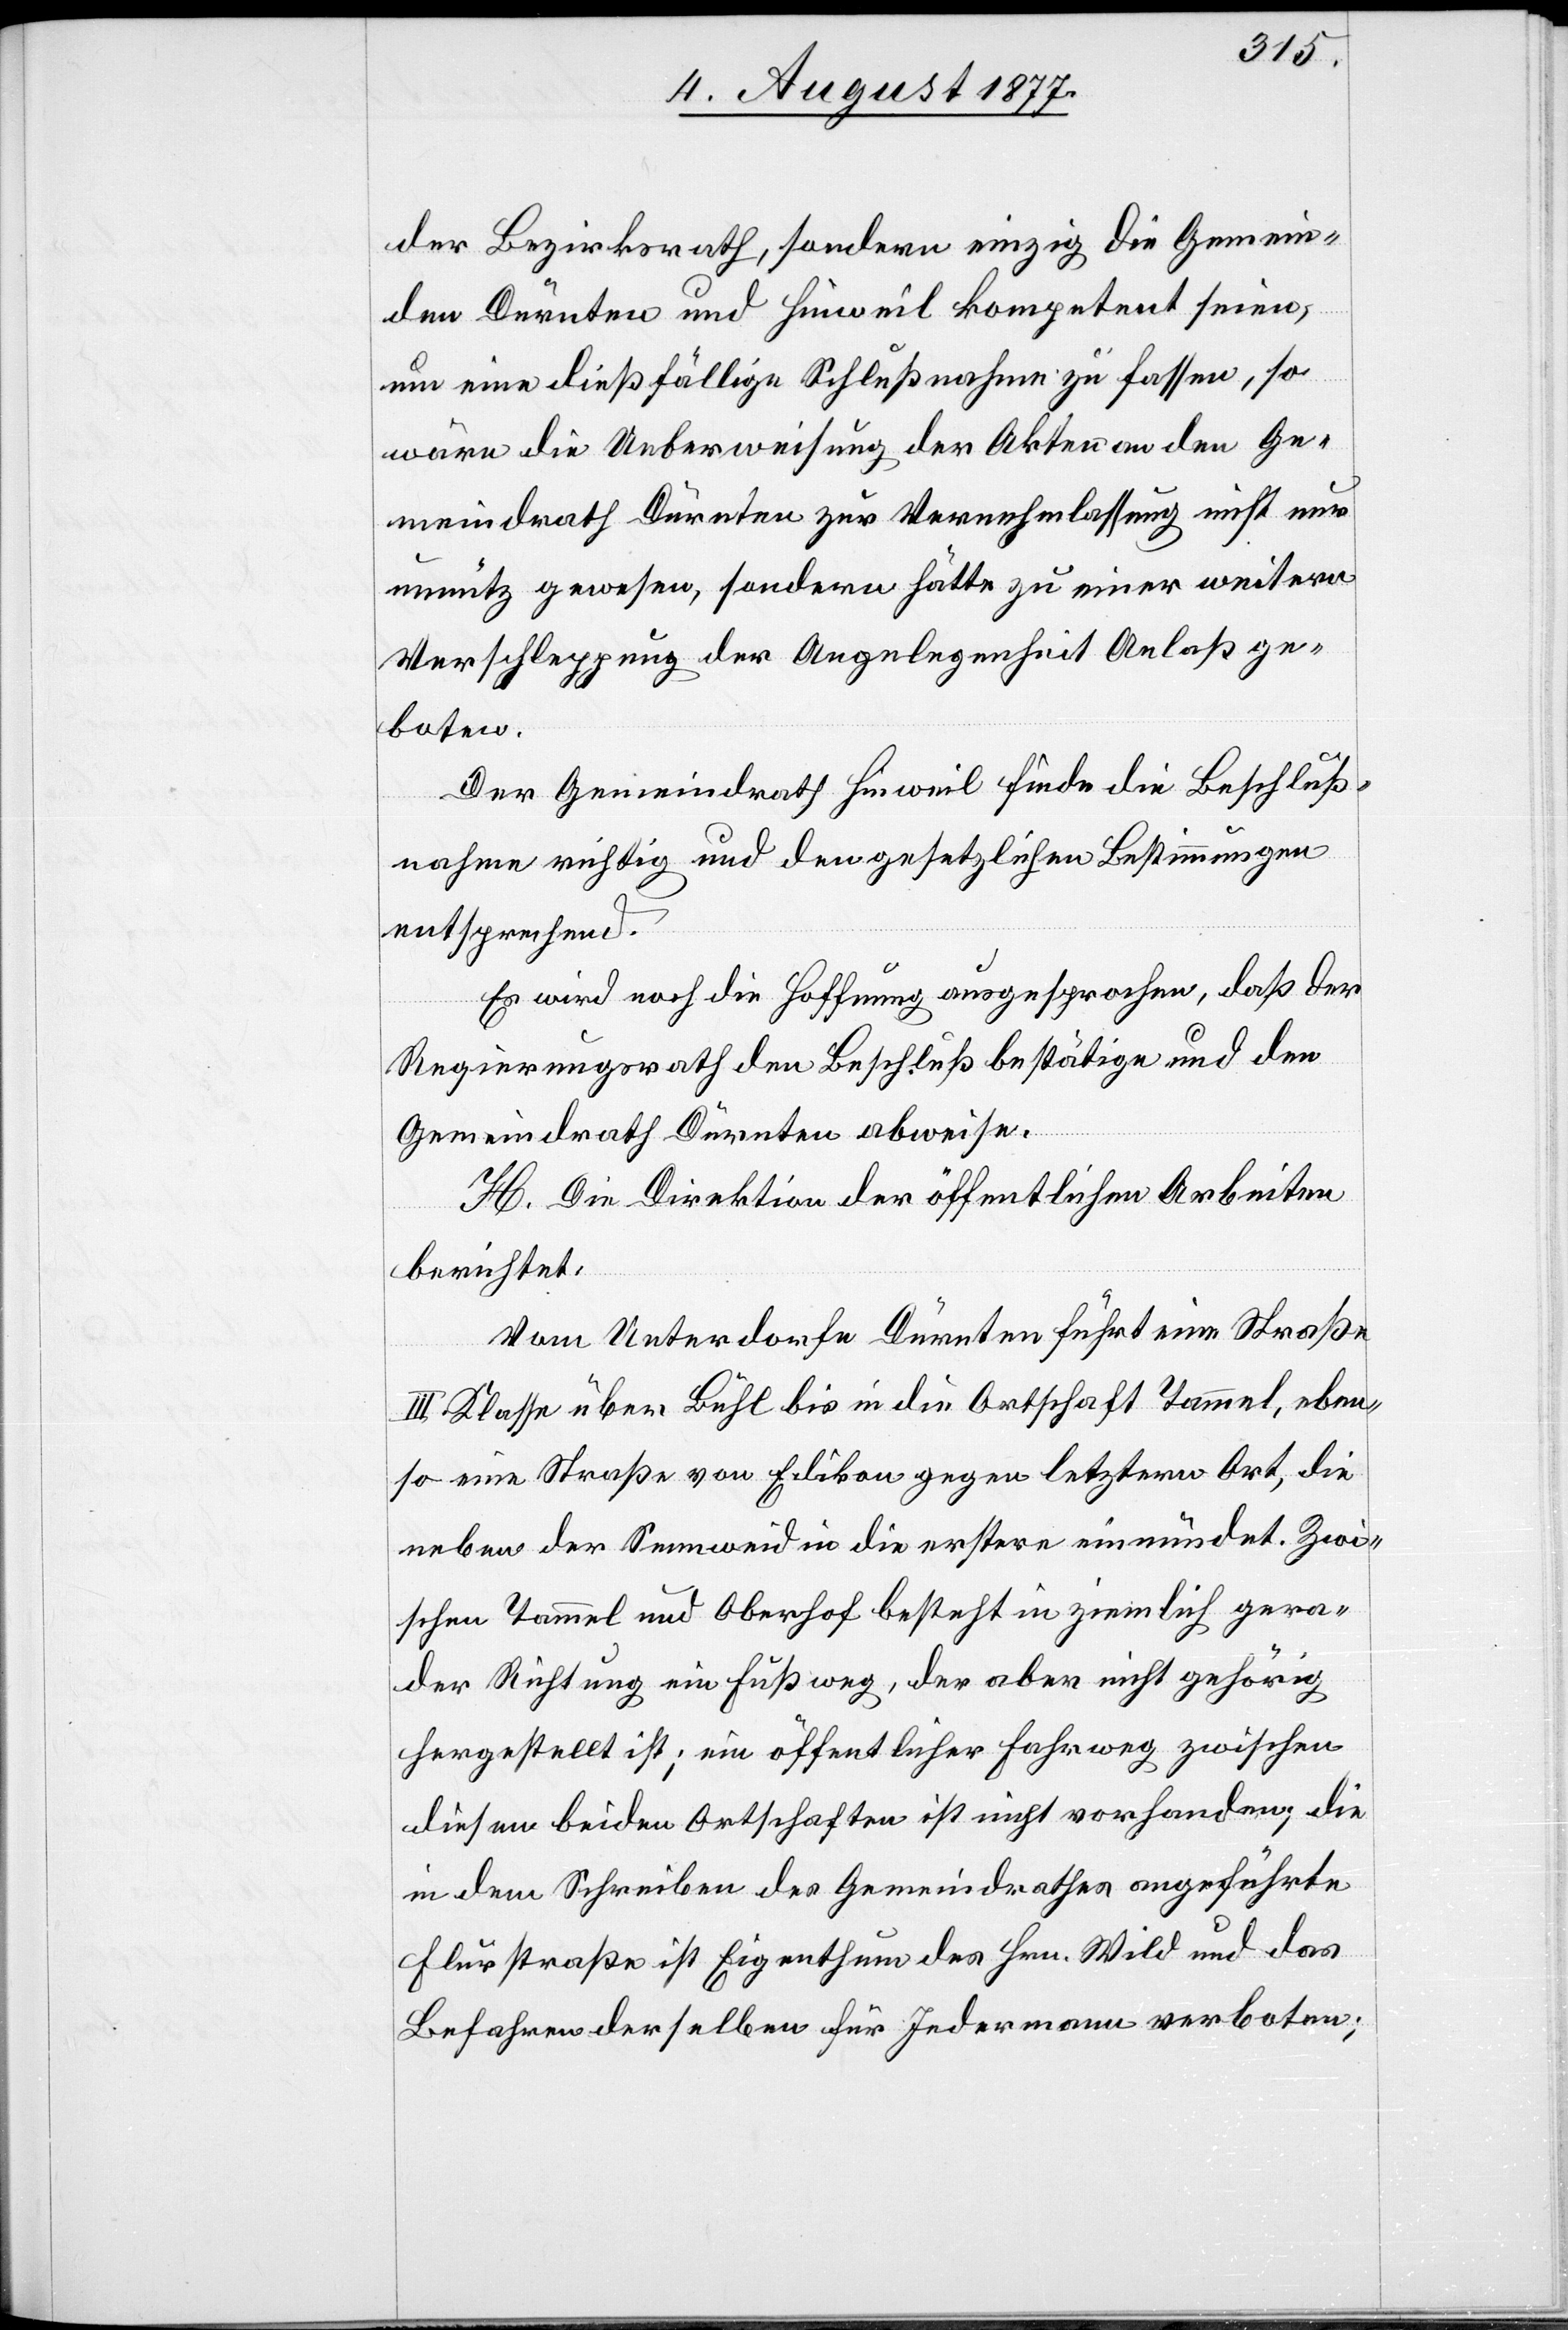
der Bezirksrath, sondern einzig die Gemein¬
den Dürnten und Hinweil kompetent seien,
um eine dießfällige Schlußnahme zu fassen, so
wäre die Ueberweisung der Akten an den Ge¬
meindrath Dürnten zur Vernehmlassung nicht nur
unnütz gewesen, sondern hätte zu einer weitern
Verschleppung der Angelegenheit Anlaß ge¬
boten.
Der Gemeindrath Hinweil finde die Beschluß¬
nahme richtig und den gesetzlichen Bestimmungen
entsprechend.
Es wird noch die Hoffnung ausgesprochen, daß der
Regierungsrath den Beschluß bestätige und den
Gemeindrath Dürnten abweise.
H. Die Direktion der öffentlichen Arbeiten
berichtet:
Vom Unterdorfe Dürnten führt eine Straße
III. Klasse über Bühl bis in die Ortschaft Tammel, eben¬
so eine Straße von Edikon gegen letztern Ort, die
neben der Sennweid in die erstere einmündet. Zwi¬
schen Tammel und Oberhof besteht in ziemlich gera¬
der Richtung ein Fußweg, der aber nicht gehörig
hergestellt ist; ein öffentlicher Fahrweg zwischen
diesen beiden Ortschaften ist nicht vorhanden; die
in dem Schreiben des Gemeindrathes angeführte
Flurstraße ist Eigenthum des Hrn. Wild und das
Befahren derselben für Jedermann verboten;